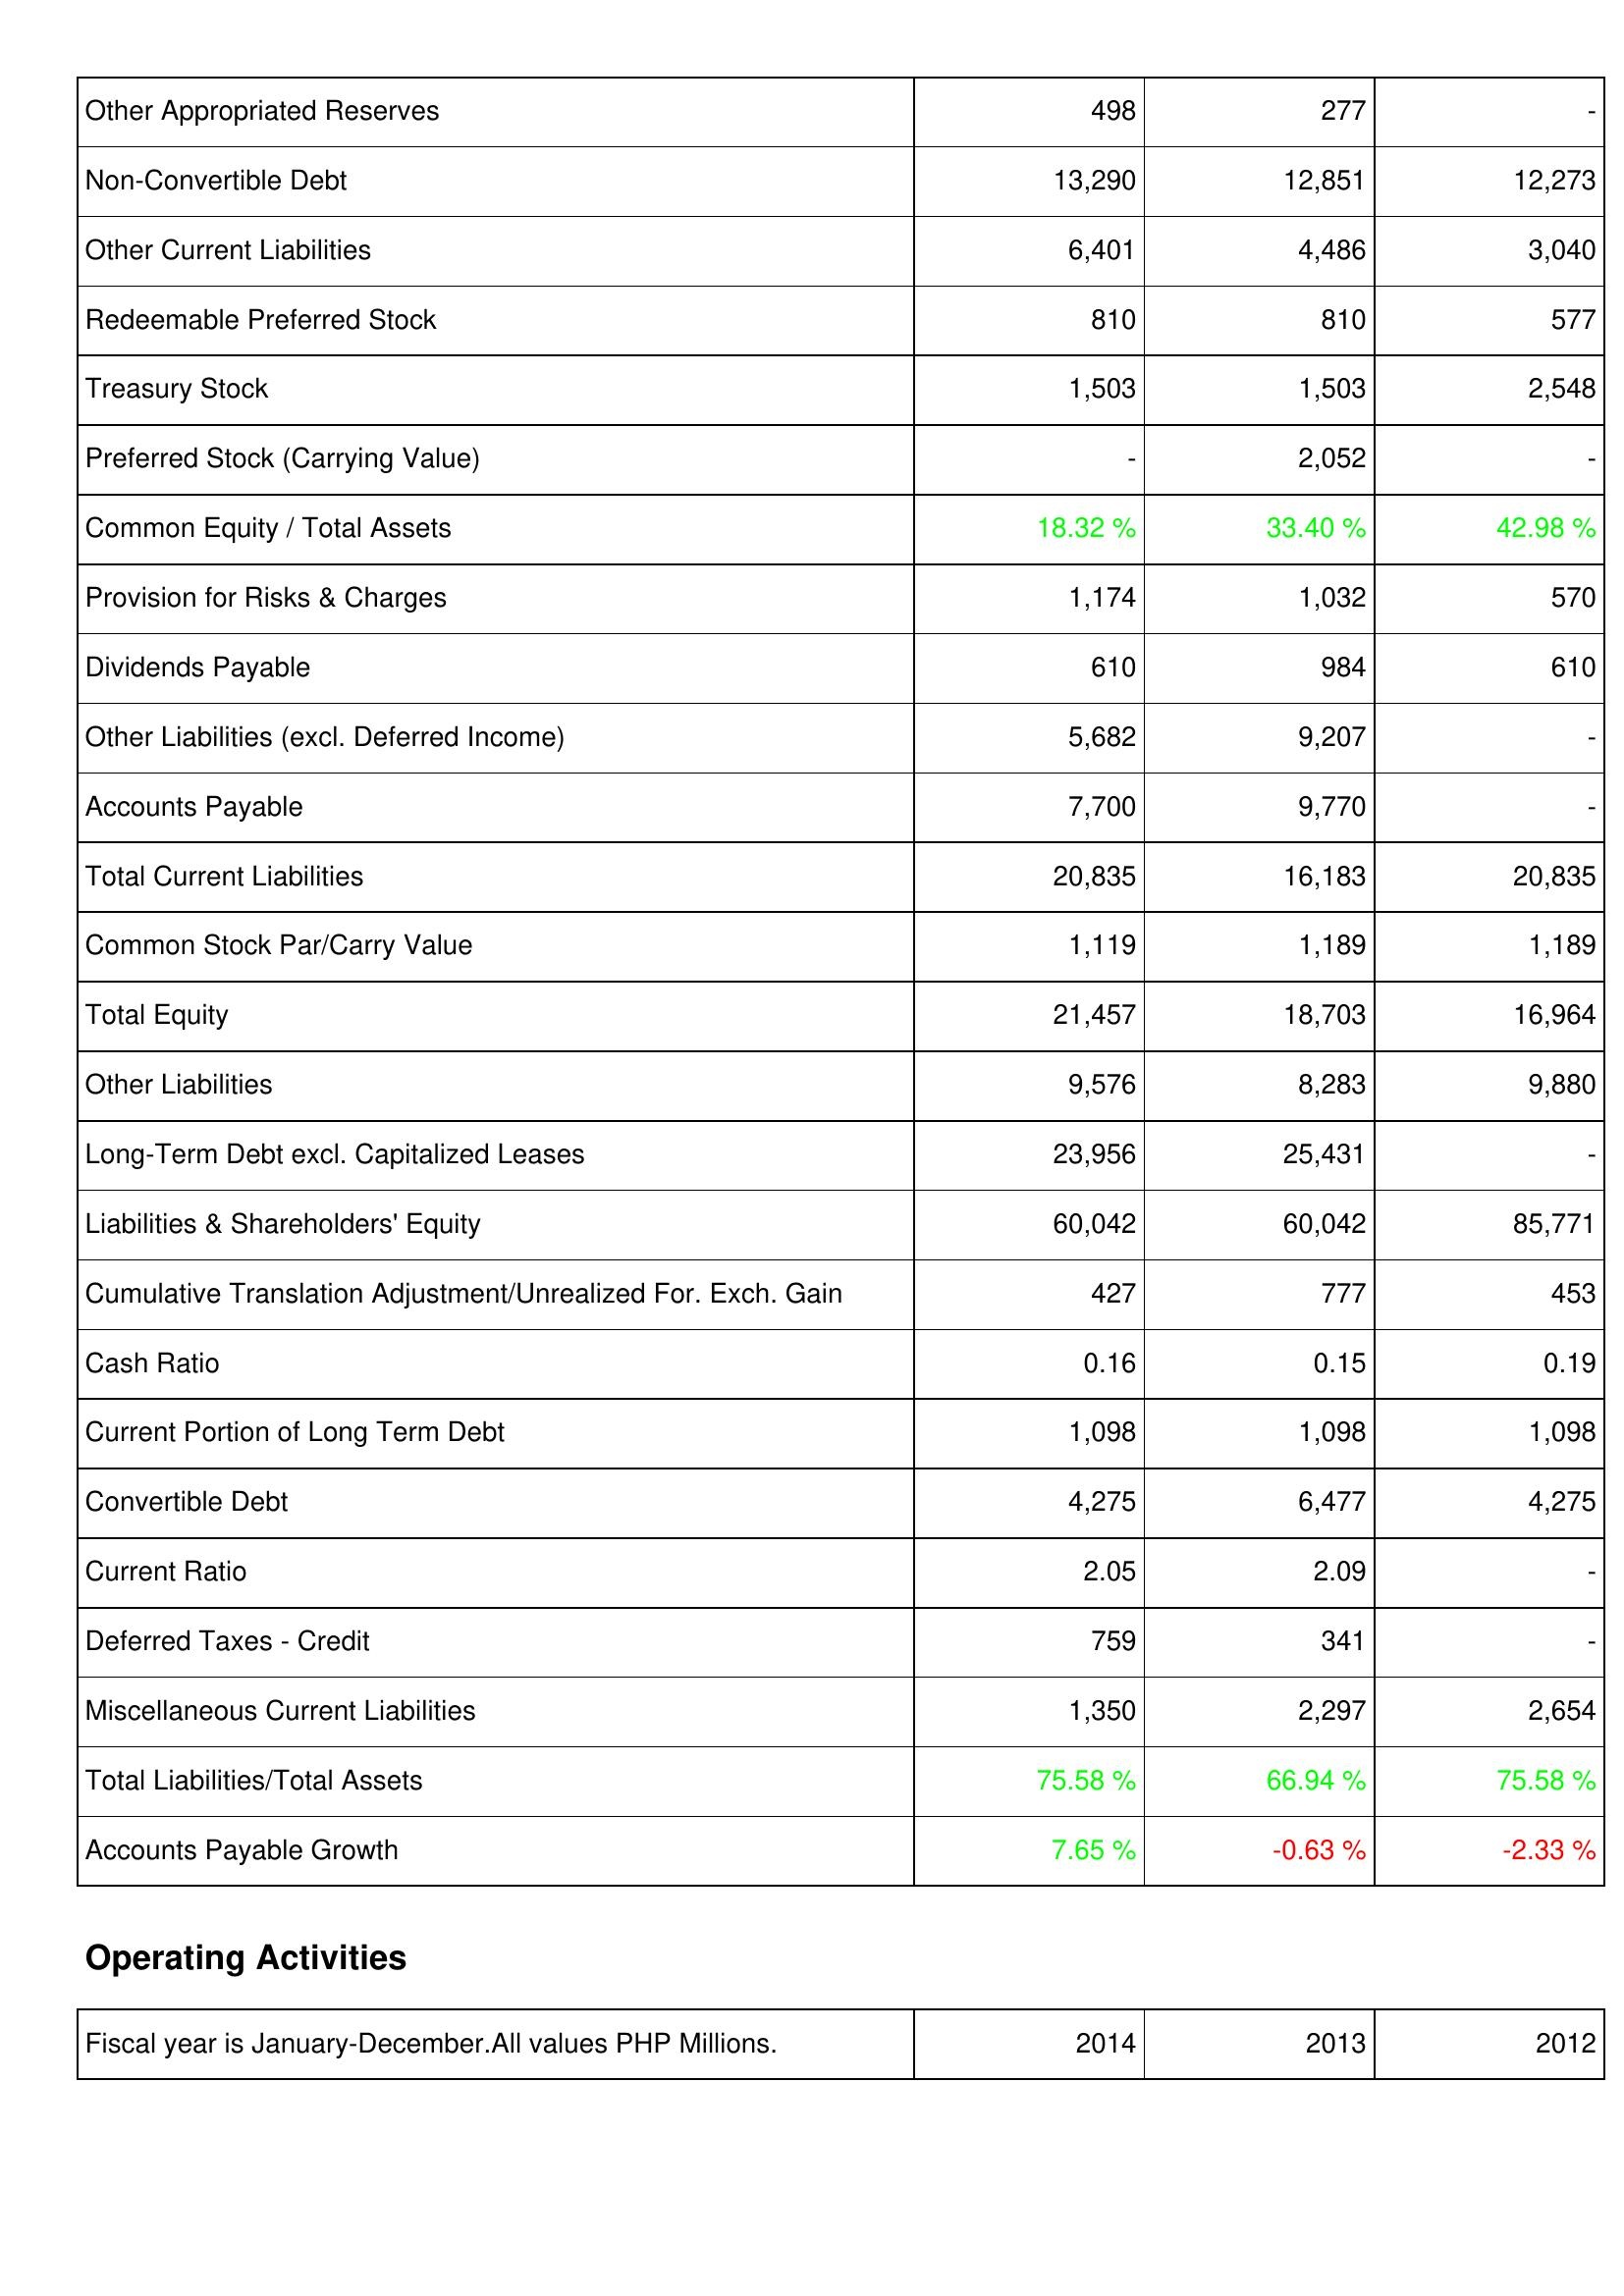
2014: Liabilities & Shareholders' Equity: Other Appropriated Reserves: 498
Non-Convertible Debt: 13,290
Other Current Liabilities: 6,401
Redeemable Preferred Stock: 810
Treasury Stock: 1,503
Preferred Stock (Carrying Value): -
Common Equity / Total Assets: 18.32 %
Provision for Risks & Charges: 1,174
Dividends Payable: 610
Other Liabilities (excl. Deferred Income): 5,682
Accounts Payable: 7,700
Total Current Liabilities: 20,835
Common Stock Par/Carry Value: 1,119
Total Equity: 21,457
Other Liabilities: 9,576
Long-Term Debt excl. Capitalized Leases: 23,956
Liabilities & Shareholders' Equity: 60,042
Cumulative Translation Adjustment/Unrealized For. Exch. Gain: 427
Cash Ratio: 0.16
Current Portion of Long Term Debt: 1,098
Convertible Debt: 4,275
Current Ratio: 2.05
Deferred Taxes - Credit: 759
Miscellaneous Current Liabilities: 1,350
Total Liabilities/Total Assets: 75.58 %
Accounts Payable Growth: 7.65 %
2013: Liabilities & Shareholders' Equity: Other Appropriated Reserves: 277
Non-Convertible Debt: 12,851
Other Current Liabilities: 4,486
Redeemable Preferred Stock: 810
Treasury Stock: 1,503
Preferred Stock (Carrying Value): 2,052
Common Equity / Total Assets: 33.40 %
Provision for Risks & Charges: 1,032
Dividends Payable: 984
Other Liabilities (excl. Deferred Income): 9,207
Accounts Payable: 9,770
Total Current Liabilities: 16,183
Common Stock Par/Carry Value: 1,189
Total Equity: 18,703
Other Liabilities: 8,283
Long-Term Debt excl. Capitalized Leases: 25,431
Liabilities & Shareholders' Equity: 60,042
Cumulative Translation Adjustment/Unrealized For. Exch. Gain: 777
Cash Ratio: 0.15
Current Portion of Long Term Debt: 1,098
Convertible Debt: 6,477
Current Ratio: 2.09
Deferred Taxes - Credit: 341
Miscellaneous Current Liabilities: 2,297
Total Liabilities/Total Assets: 66.94 %
Accounts Payable Growth: -0.63 %
2012: Liabilities & Shareholders' Equity: Other Appropriated Reserves: -
Non-Convertible Debt: 12,273
Other Current Liabilities: 3,040
Redeemable Preferred Stock: 577
Treasury Stock: 2,548
Preferred Stock (Carrying Value): -
Common Equity / Total Assets: 42.98 %
Provision for Risks & Charges: 570
Dividends Payable: 610
Other Liabilities (excl. Deferred Income): -
Accounts Payable: -
Total Current Liabilities: 20,835
Common Stock Par/Carry Value: 1,189
Total Equity: 16,964
Other Liabilities: 9,880
Long-Term Debt excl. Capitalized Leases: -
Liabilities & Shareholders' Equity: 85,771
Cumulative Translation Adjustment/Unrealized For. Exch. Gain: 453
Cash Ratio: 0.19
Current Portion of Long Term Debt: 1,098
Convertible Debt: 4,275
Current Ratio: -
Deferred Taxes - Credit: -
Miscellaneous Current Liabilities: 2,654
Total Liabilities/Total Assets: 75.58 %
Accounts Payable Growth: -2.33 %